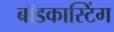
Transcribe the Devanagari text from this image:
बॉडकास्टिंग